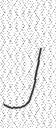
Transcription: J